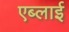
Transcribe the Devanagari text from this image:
एब्लाई